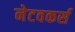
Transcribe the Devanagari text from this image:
नेटवकर्स